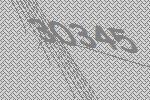
30345